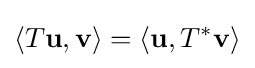
\langle T\mathbf {u} ,\mathbf {v} \rangle =\langle \mathbf {u} ,T^{*}\mathbf {v} \rangle